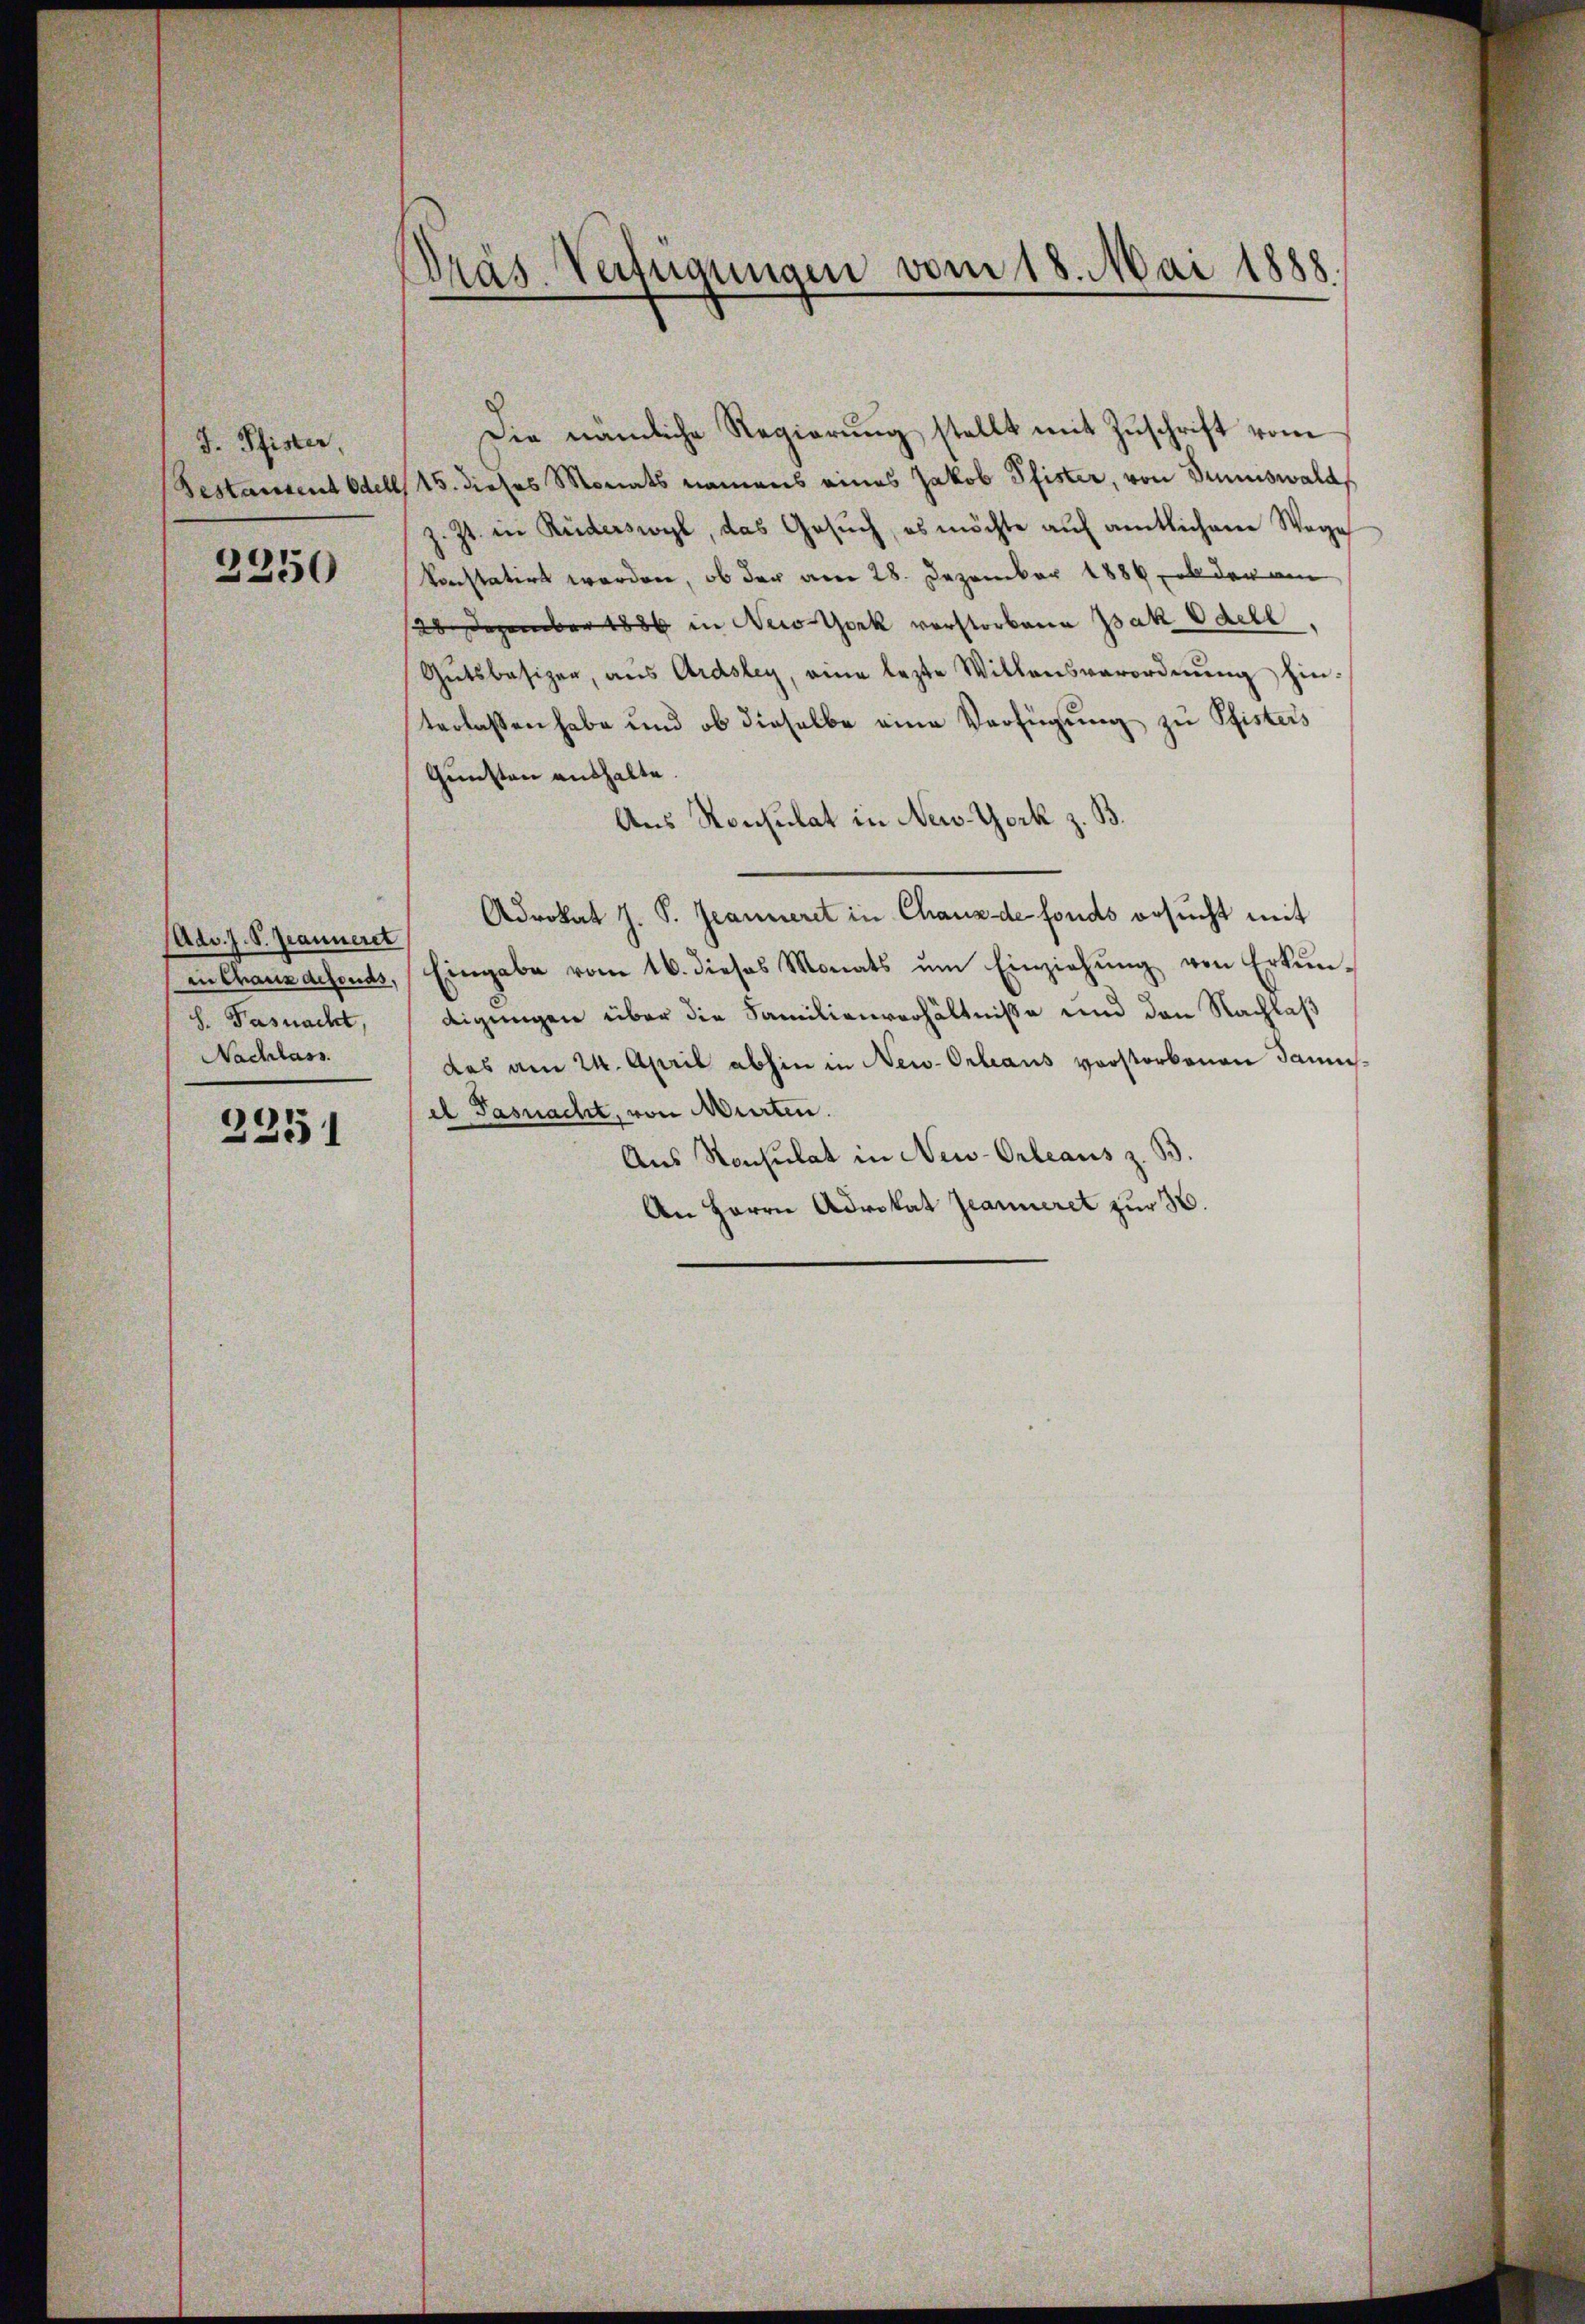
J. Pfister,
Bestament Odelb

2250

Adv. J. S. Jeanneret
in Chaus defonds,
h. Fasnacht,
Nachlass

2351

Präs-Verfügungen vom 18. Mai 1888.

Die nämliche Regierung stellt mit Zuschrift vom
15. dieses Monats namens eines Jakob Pfister, von Sinnswald
z. Zt. in Ruderswyl, das Gesuch, es möchte auf amtlichen Wege
konstatirt werden, ob der am 28. Dezember 1884, ob der am
28 Dezember 1886 in New York verstorbene Isak Edell,
Gutsbesizer, aus Ardsley, eine lezte Willensverordnŭng hinterlassen habe und ob dieselbe eine Verfügung zu Pfisters
Gunsten aushalte.
Aus Konsulat in New York z. B.
Advokat J. P. Jeanneret in Chaus de fonds ersucht mit
Eingabe vom 16. dieses Monats ŭm Einziehŭng von Erkŭn-
digungen über die Familienverhältnisse und den Nachlaß
das am 24. April abhin in New-Orleans vorstorbenen Jamusel Pasnacht, von Murten.
Aus Konsulat in New-Orleaus z. B.
An Herrn Advokat Jeanneret zur H.